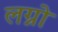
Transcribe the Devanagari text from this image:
लग्नो